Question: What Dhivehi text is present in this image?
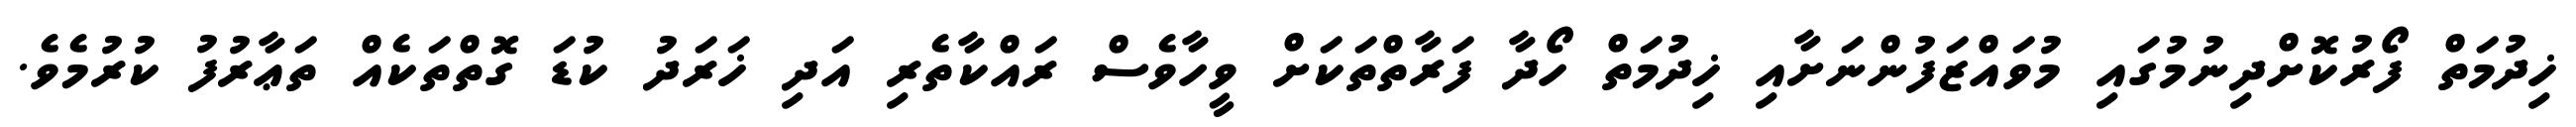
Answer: ޚިދުމަތް ފޯރުކޮށްދިނުމުގައި މުވައްޒަފުންނަށާއި ޚިދުމަތް ހޯދާ ފަރާތްތަކަށް ވީހާވެސް ރައްކާތެރި އަދި ޚަރަދު ކުޑަ ގޮތްތަކެއް ތަޢާރުފު ކުރުމެވެ.